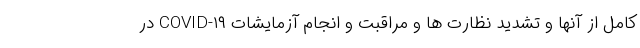
کامل از آنها و تشدید نظارت ها و مراقبت و انجام آزمایشات COVID-۱۹ در